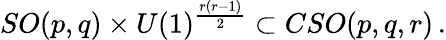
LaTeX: SO(p,q)\times U(1)^{\frac{r\left(r-1\right)}{2}}\subset CSO(p,q,r)\, .